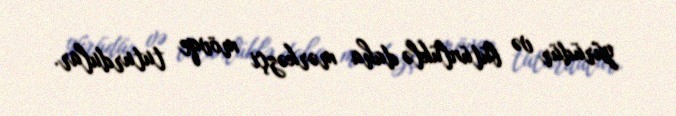
yürüdür və bütünlüklə daha mərkəzçi mövqe tuturdular.